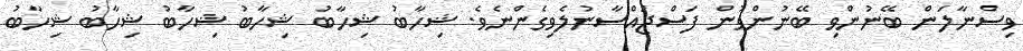
ވިސްނާލަން ބޭނުންވި ބޭނުންވުން ފަސްޖައްސާނުލެވިގެންނެވެ. ޝިހާބު ޝިހާބު ޝިހާބު ޝިހާބު ޝިހާބު ޝިހާބު